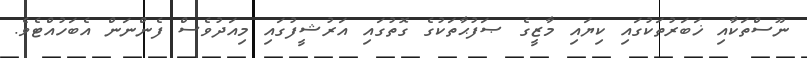
ނޫސްތަކާއި ޚަބަރުތަކުގައި ކިޔައި މާޒީގެ ޞަފުޙާތަކުގެ ގޮތުގައި އަރުޝީފުގައި މިއަދުވެސް ފެންނަން އެބަހުއްޓެވެ.